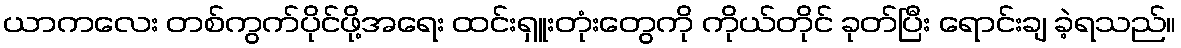
ယာကလေး တစ်ကွက်ပိုင်ဖို့အရေး ထင်းရှူးတုံးတွေကို ကိုယ်တိုင် ခုတ်ပြီး ရောင်းချ ခဲ့ရသည်။